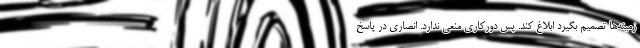
زمینه‌ها تصمیم بگیرد ابلاغ کند. پس دورکاری منعی ندارد. انصاری در پاسخ